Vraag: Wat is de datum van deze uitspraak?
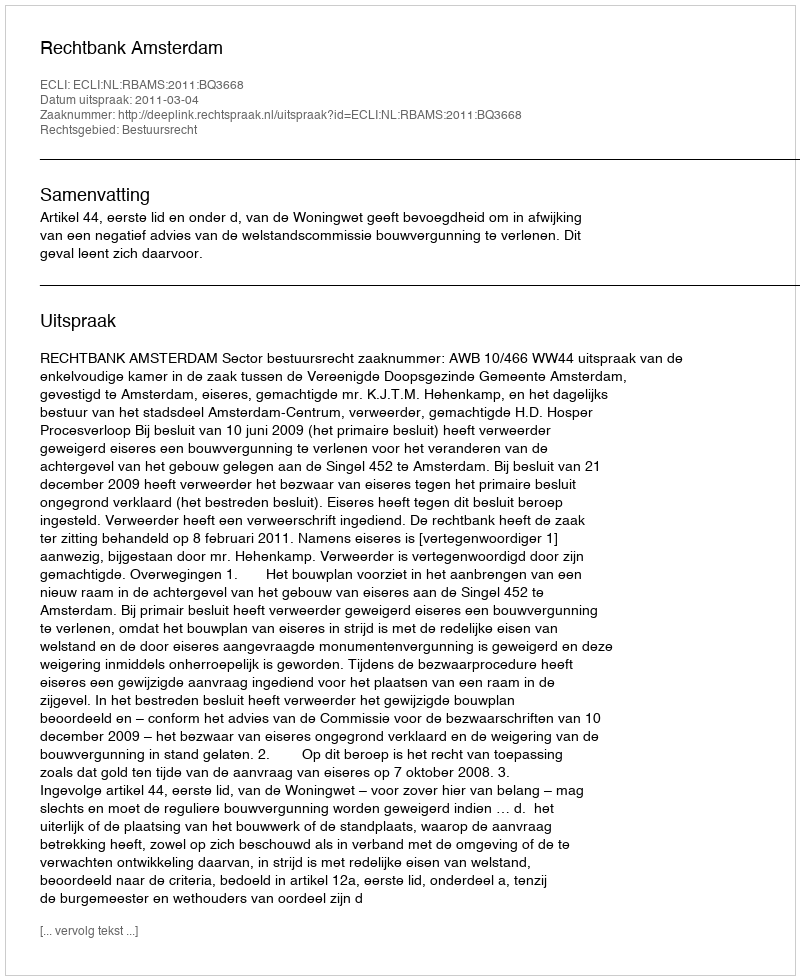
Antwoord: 2011-03-04